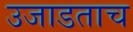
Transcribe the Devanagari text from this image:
उजाडताच